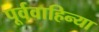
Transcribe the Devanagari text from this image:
पूर्ववाहिन्या